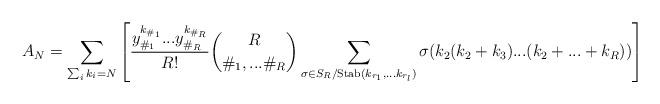
LaTeX: \begin{align*}A_N = \sum_{\sum_i k_i = N} \left[\frac{y_{\#_1}^{k_{\#_1}}...y_{\#_R}^{k_{\#_R}}}{R!}\binom{R}{\#_1, ... \#_R}\sum_{\sigma \in S_R / \mathrm{Stab}(k_{r_1}, ... k_{r_l})} \sigma(k_2(k_2 + k_3)...(k_2 + ... + k_R))\right]\end{align*}